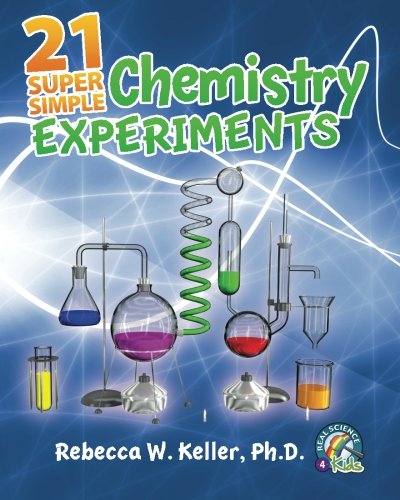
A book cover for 21 Super Simple Chemistry Experiments; Rebecca W Keller Ph.D.; Children's Books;